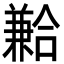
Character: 𪞍